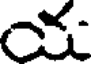
య